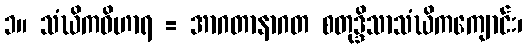
၁။ သံဃိကဝိဟာရ = အာဂတာနာဂတ စတုဒ္ဒိသာသံဃိကကျောင်း၊